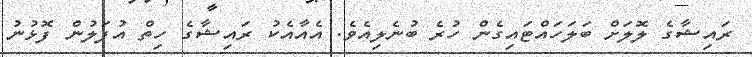
ރައިޝާގެ ލޮލަށް ބަލަހައްޓައިގެން ހުރެ ބުނެލިއެވެ. އެއާއެކު ރައިޝާގެ ހިތް އުފަލުން ފޮޅުނު